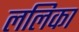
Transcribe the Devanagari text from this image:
ललिका